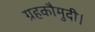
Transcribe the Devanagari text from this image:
ग्रहकौमुदी।